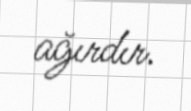
ağırdır.